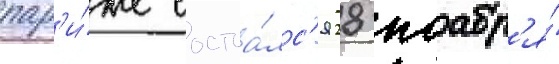
пар'и́же состоа́лс'я 28 ноабр'я́